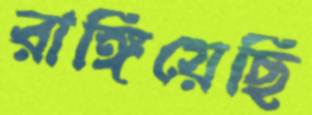
রাঙ্গিয়েছি